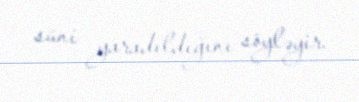
süni yaradıldığını söyləyir.